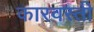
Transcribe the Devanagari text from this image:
कारवस्ती